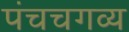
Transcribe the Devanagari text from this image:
पंचचगव्य